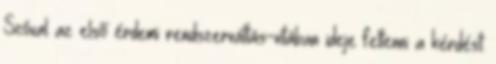
Szóval az első érdemi rendszerváltás-vitában ideje feltenni a kérdést: